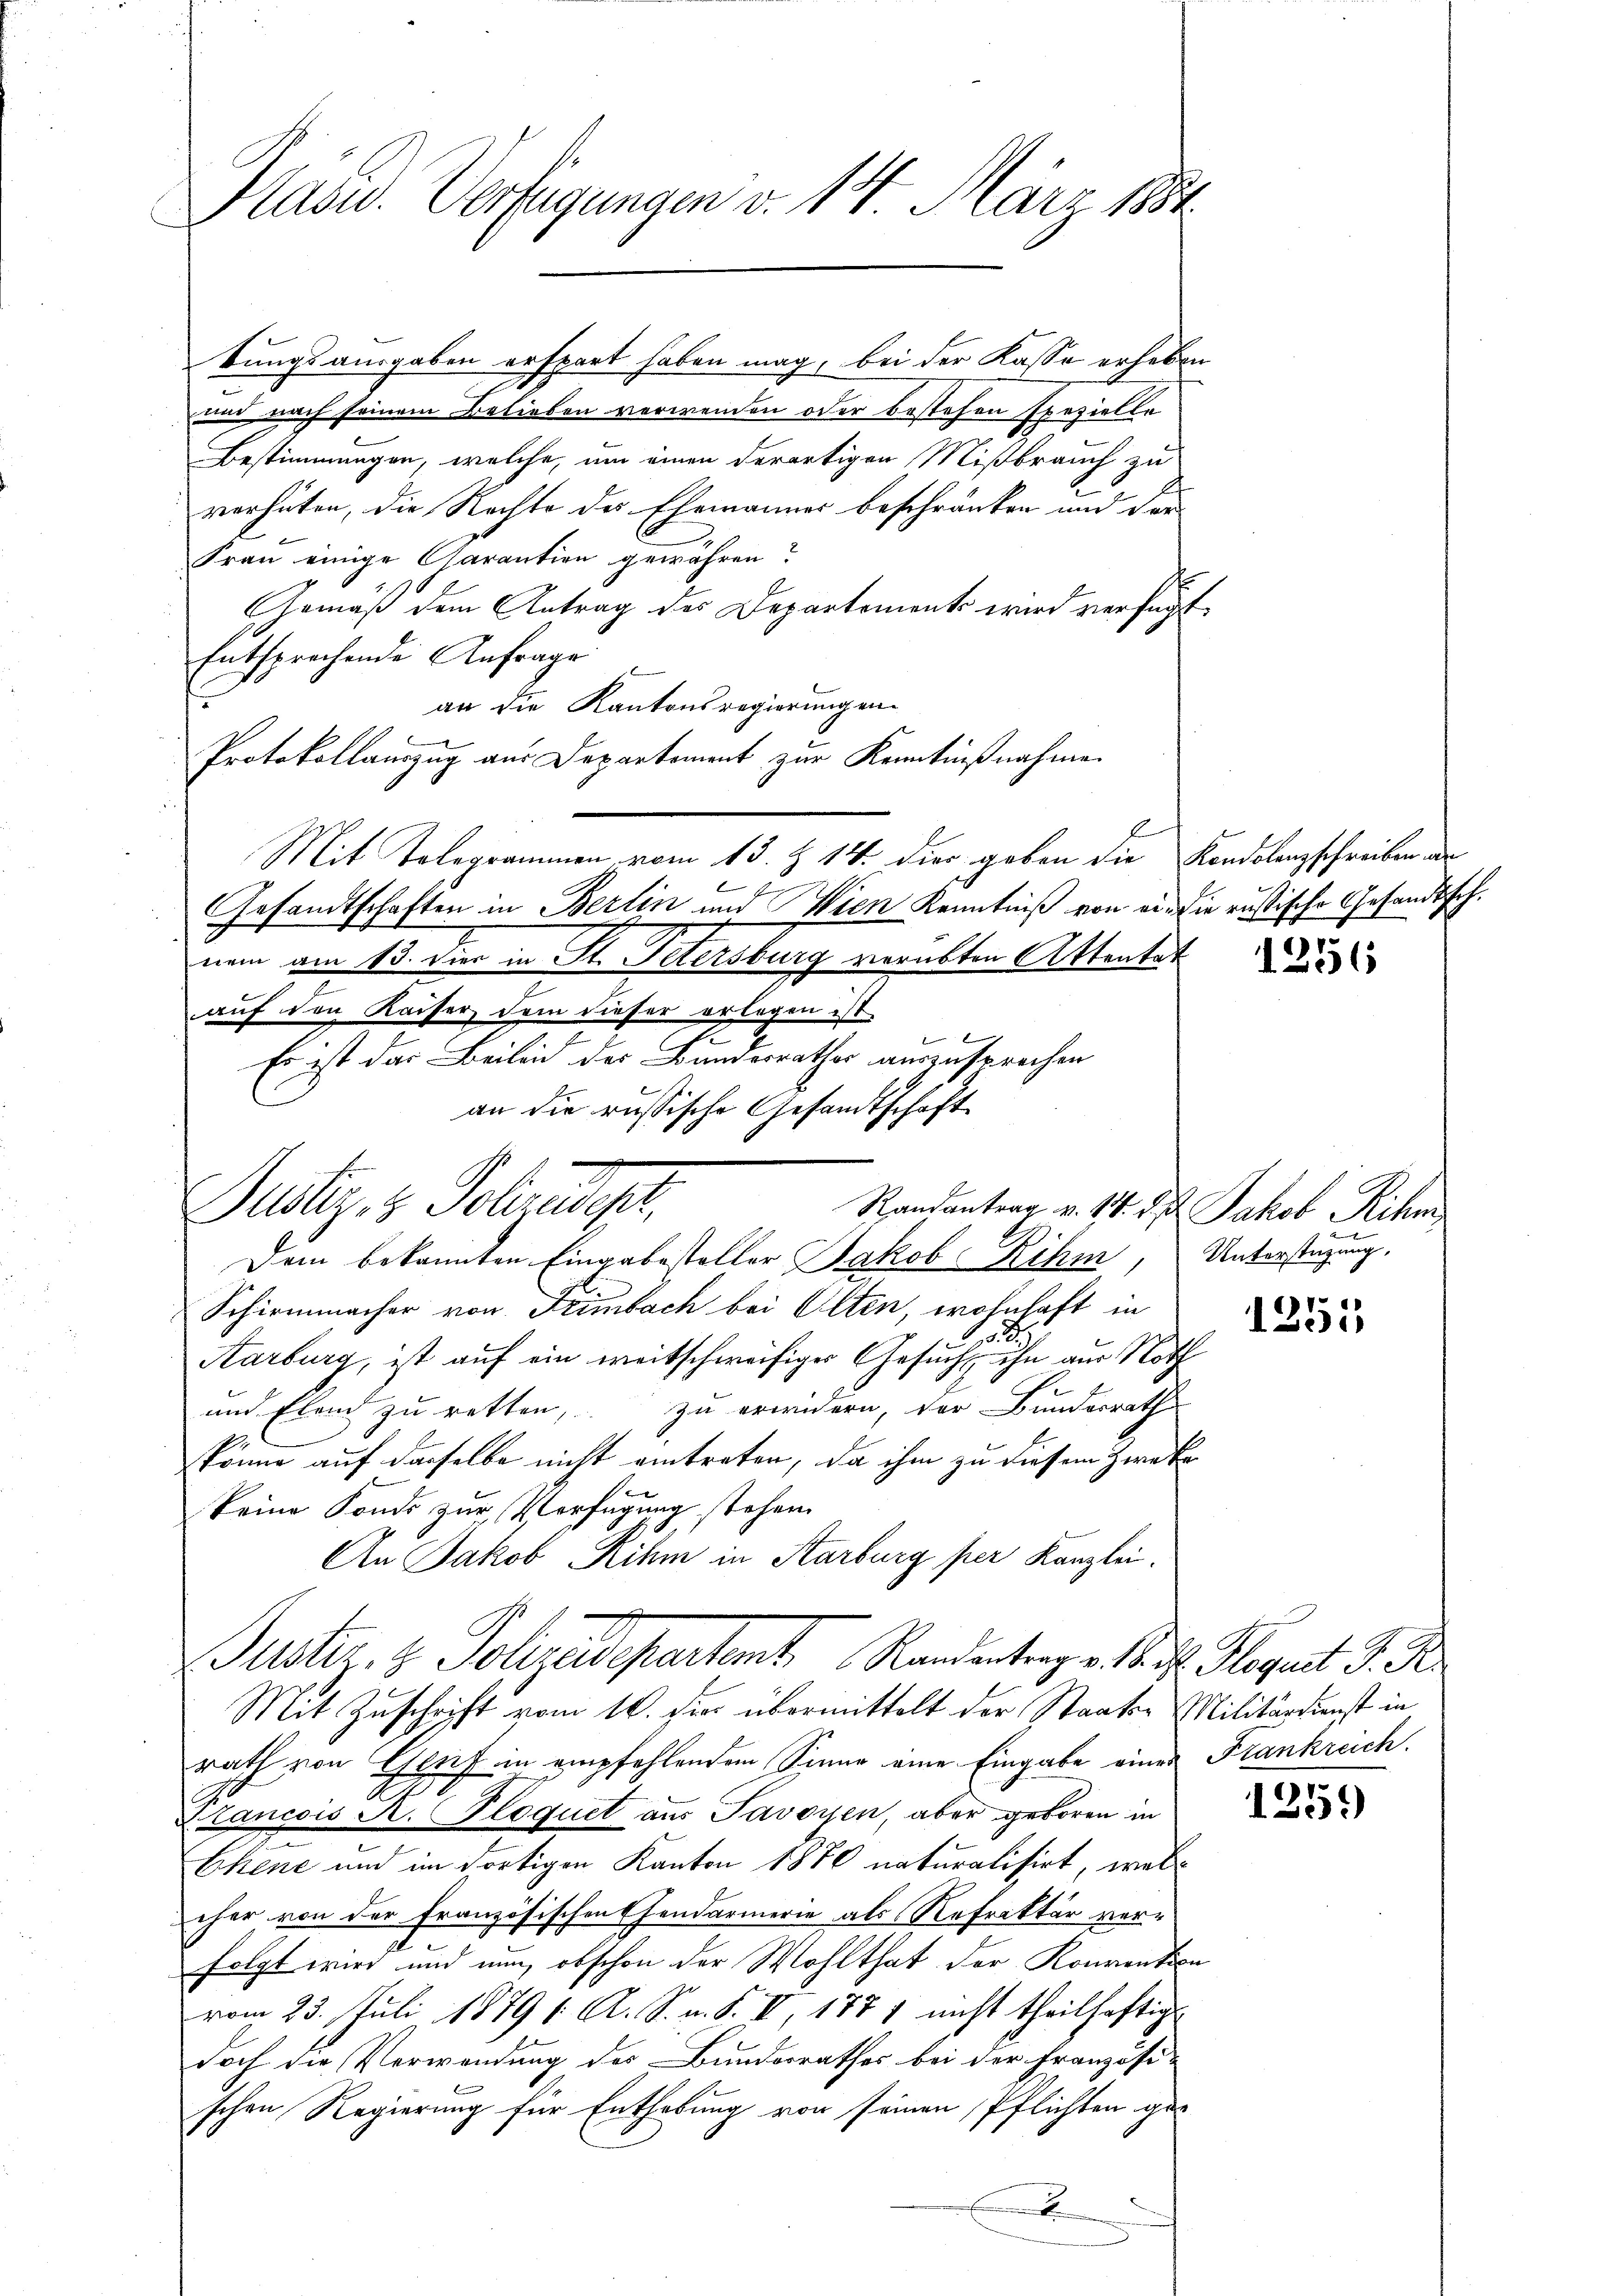
bungsausgaben erspart haben mag, bei der Kasse erheben
und nach seinem Belieben verwenden oder bestehen spezielle
Bestimmungen, welche, um einen derartigen Mißbrauch zu
verhüten, die Rechte der Ehemannes beschränken und der
Frau einige Garantien gewähren?
Gemäß dem Antrag des Departements wird verfügt
Entsprechende Anfrage
an die Kantonsregierungen.
Protokollauszug aus Departement zur Kenntnißnahme
Mit Telegrammen vom 13. Z. 14. dies geben die Kondolenzschreiben an
8
Gesandtschaften in Berlin und Wien Kenntniß von ein die rustische Gesandtsch.
nem am 13. Vier in St. Petersburg verübten Attentat
auf den Kaiser dem dieser erlagen ist,
Es ist das Beileid der Bundesrathes auszusprechen
Dem bekannten Eingabesteller Jakob Rihm,
Schirmmacher von Frimbach bei Olten, wohnhaft in
Aarburg, ist auf ein weitschweifiger Gesuch ihn aus Noth
und Elend zu retten, zu erwidern, der Bundesrath
könne auf dasselbe nicht eintreten, da ihm zu diesem Zwecke
keine Fonds zur Verfügung stehen.
An Jakob Rihm in Karburg per Kanzlei.
uster. z. Polizeidepartent Randentrag v. 1. d. Gegent J. J.
Mit Zuschrift vom 10. Juni übermittelt der Staats-Militärdienst in
rath von Genf in empfehlendem Sinne eine Eingabe eines Frankreich.
Zlancois A. Floquet aus Savoyen, aber geboren in
Chene und im dortigen Kanton 1870 naturalisirt, weleher von der Französischen Ehendarmerie als Refrakter verfolgt wird und nun, obschon der Wohlthat der Konvention
vom 23. Juli 1879 (: A. S. v. S. VI, 1771 nicht theilhaftig
doch die Verwendung des Bundesrathes bei der Französi-
schen Regierung für Enthebung von seinen Pflichten ge-
E

Präsid. Verfügungen v. 14. März 184

an die russische Gesandtschaft
Justiz & Polredet,

l

e

1256

Randantrag v. 17. d. Jakob Rihm,
Unterstüzung.

1255

1259)